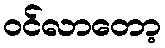
ဝင်လာတော့